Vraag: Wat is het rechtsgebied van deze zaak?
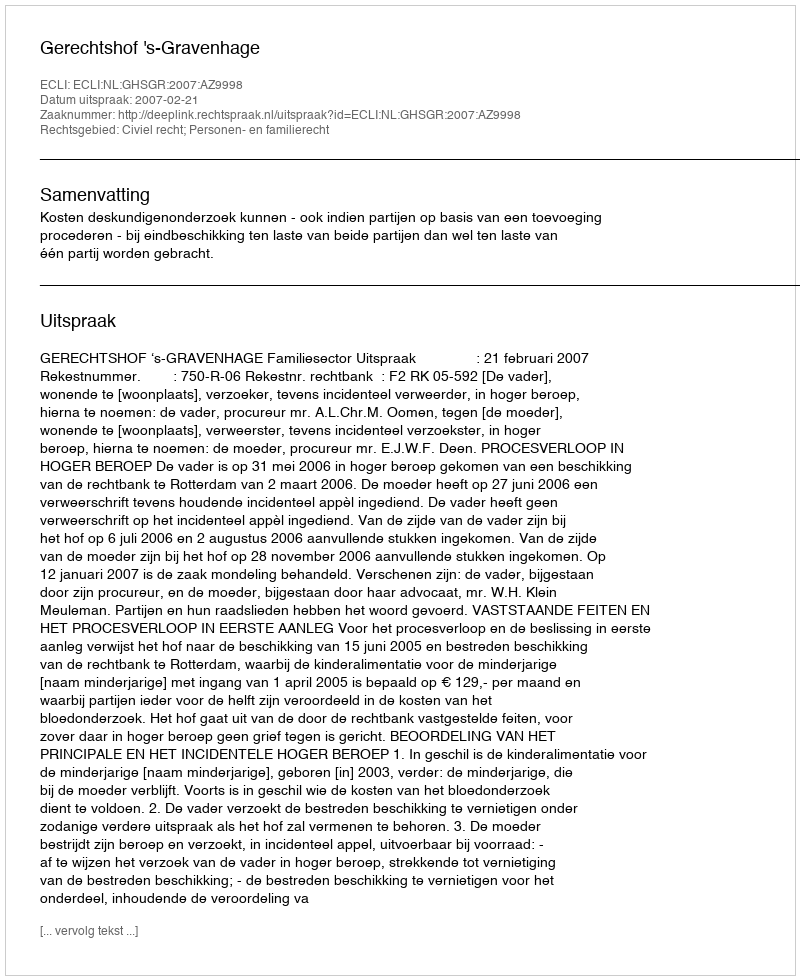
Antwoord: Civiel recht; Personen- en familierecht